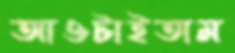
আওটাইতাম